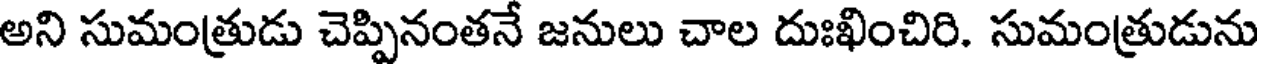
అని సుమంత్రుడు చెప్పినంతనే జనులు చాల దుఃఖించిరి. సుమంత్రుడును